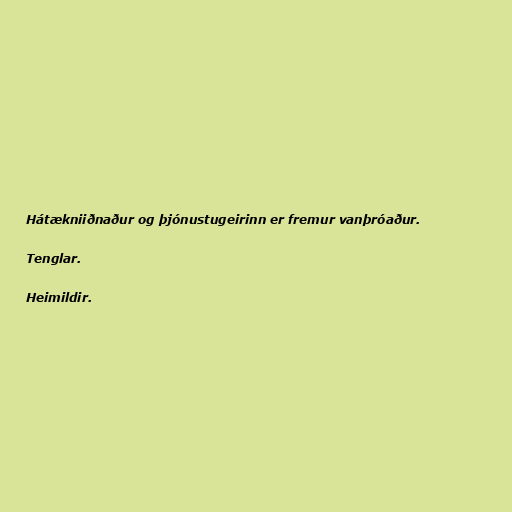
Hátækniiðnaður og þjónustugeirinn er fremur vanþróaður.

Tenglar.

Heimildir.